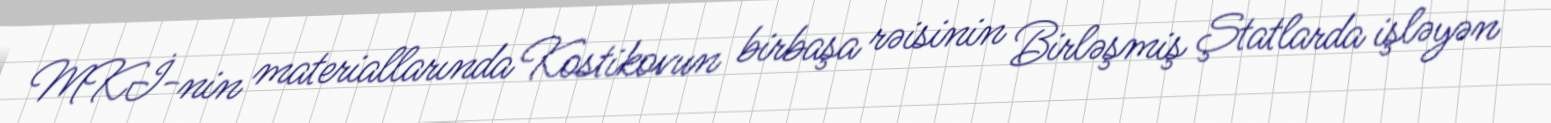
MKİ-nin materiallarında Kostikovun birbaşa rəisinin Birləşmiş Ştatlarda işləyən